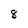
Character: 8